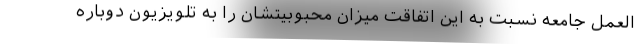
العمل جامعه نسبت به اين اتفاقت ميزان محبوبيتشان را به تلويزيون دوباره